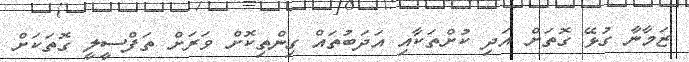
ޒަމާނާ ގުޅޭ ގޮތަށް އަދި ކުށްތަކާއި އަދަބުތައް ގިންތިކޮށް ވަރަށް ތަފްސީލީ ގޮތަކަށް